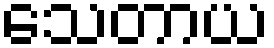
သေတာယ